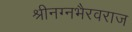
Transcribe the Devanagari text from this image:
श्रीनग्नभैरवराज